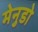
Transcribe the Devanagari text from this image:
मेनुडो